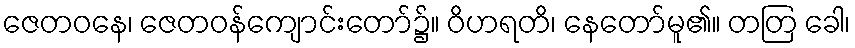
ဇေတဝနေ၊ ဇေတဝန်ကျောင်းတော်၌။ ဝိဟရတိ၊ နေတော်မူ၏။ တတြ ခေါ၊